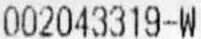
002043319-W